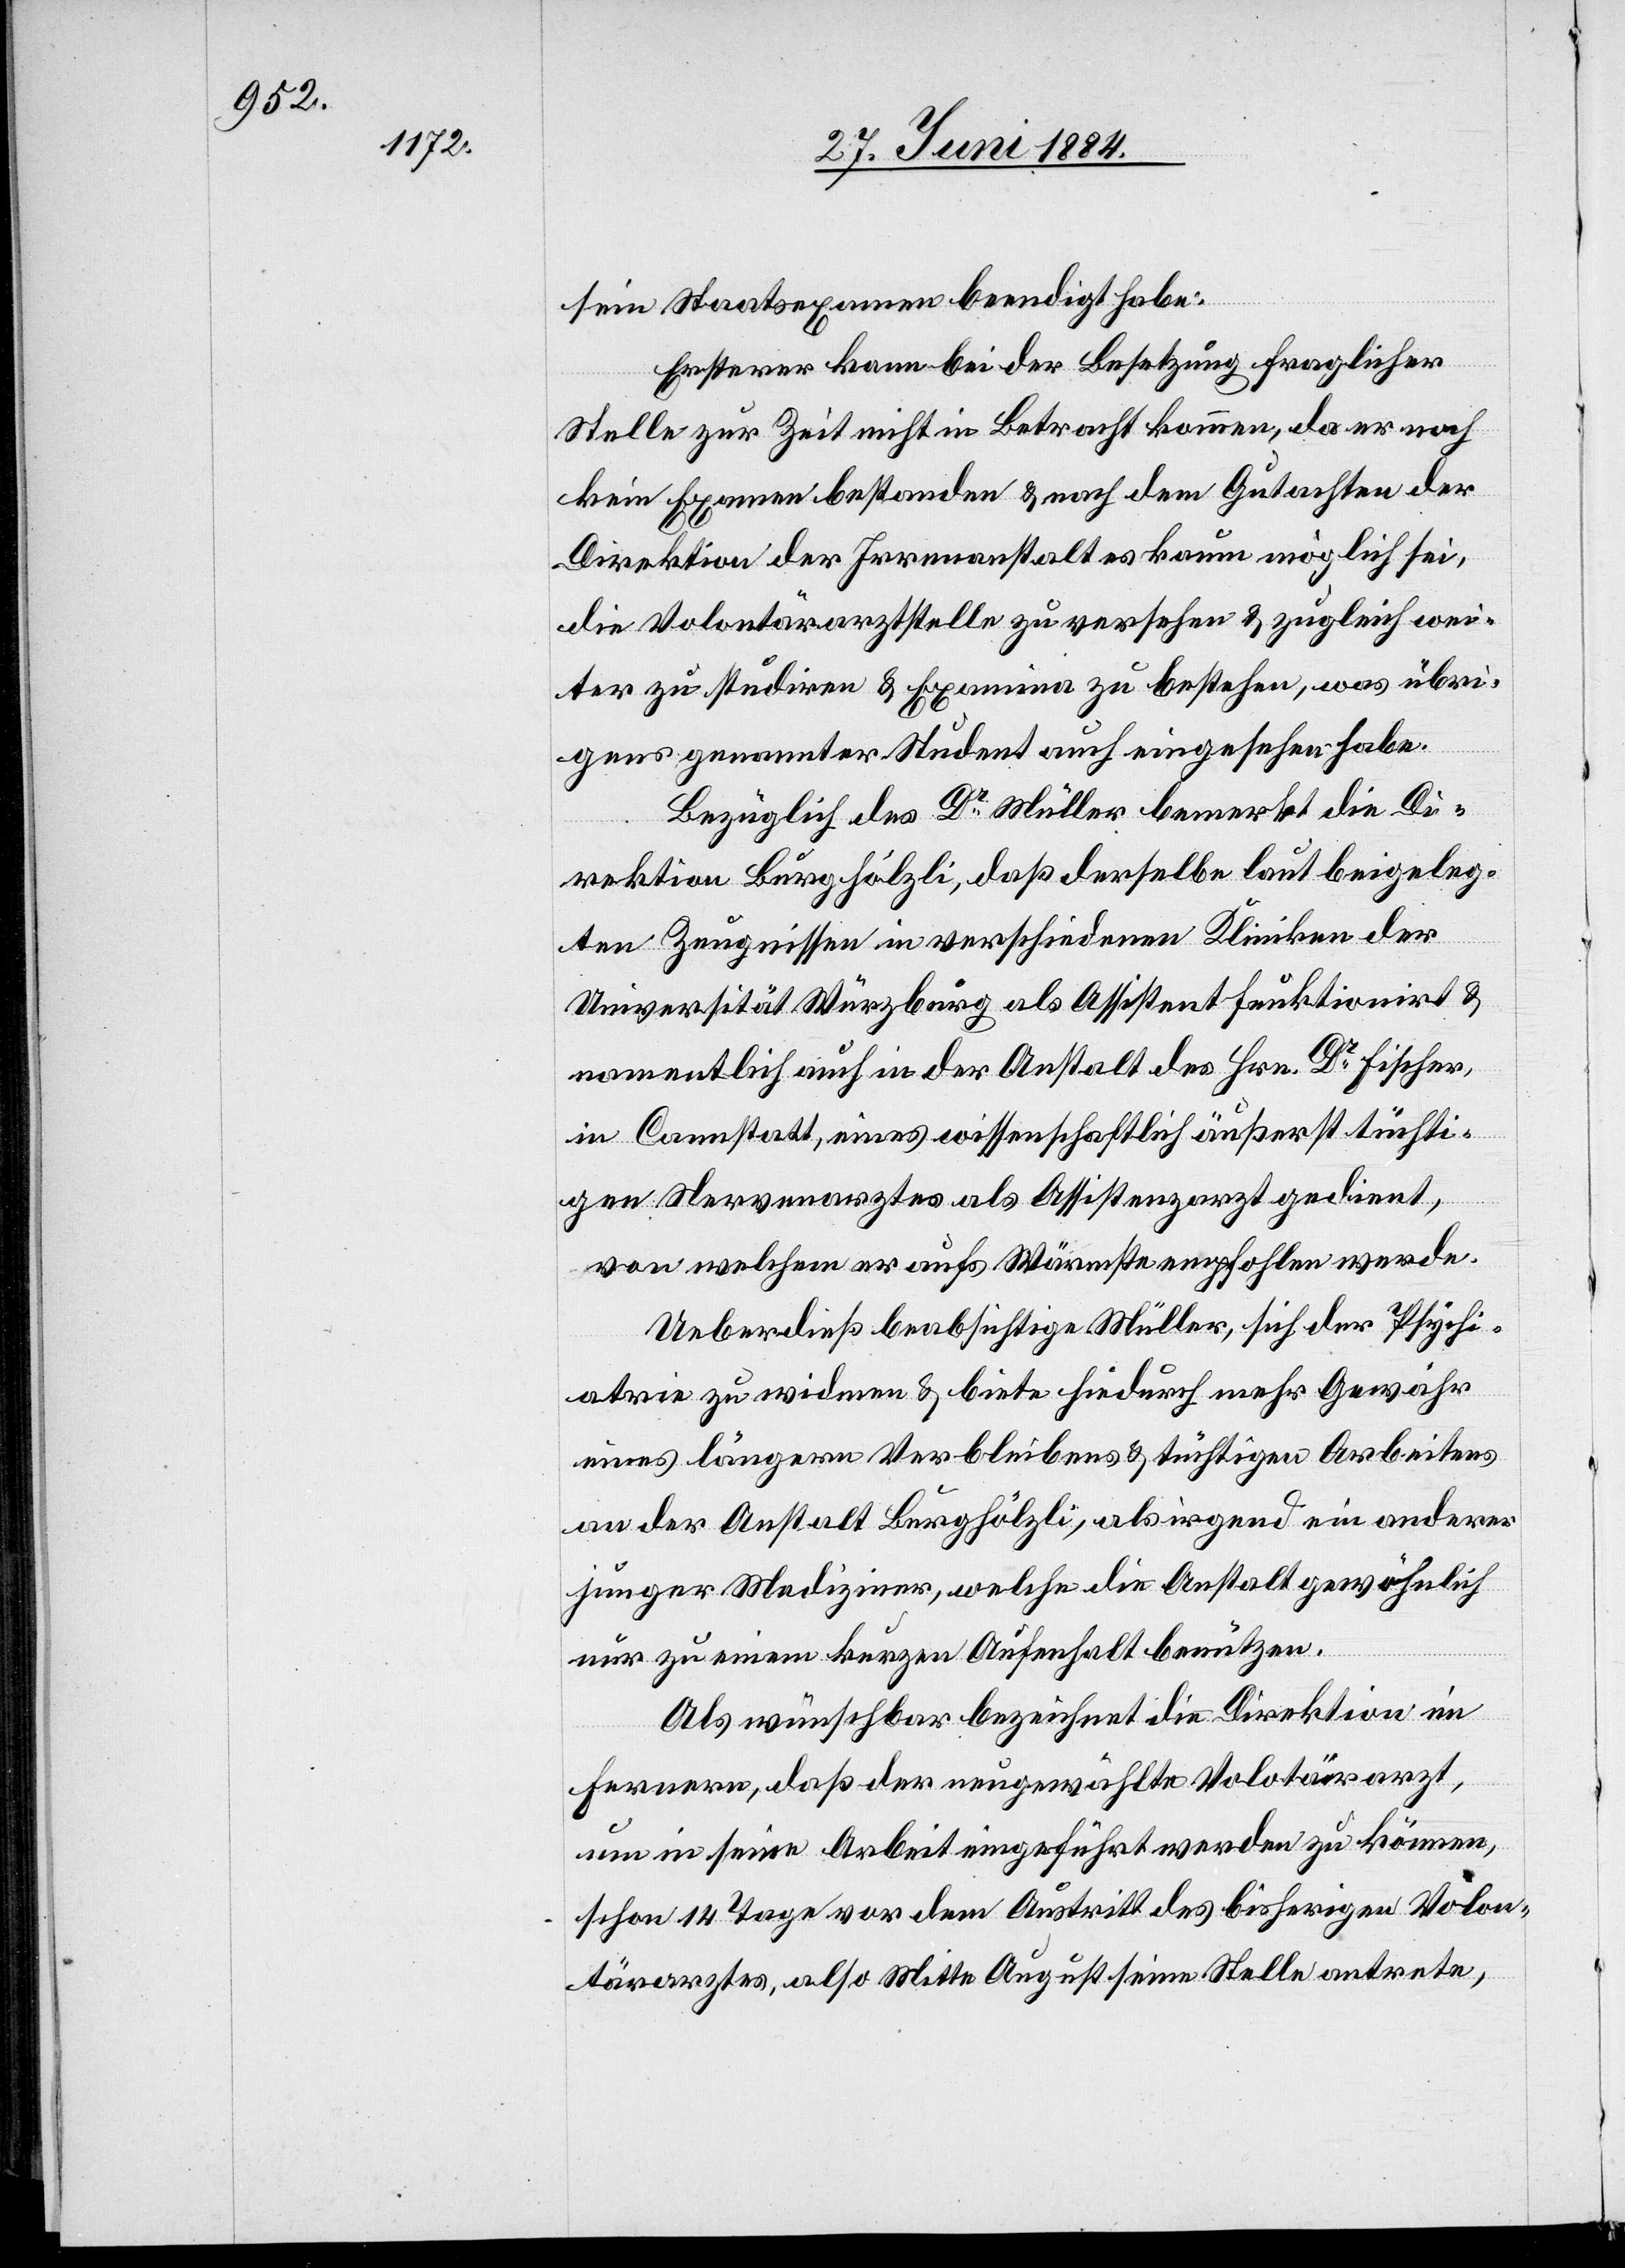
sein Staatsexamen beendigt habe.
Ersterer kann bei der Besetzung fraglicher
noch
kein Examen bestanden & nach dem Gutachten der
Direktion der Irrenanstalt es kaum möglich sei,
die Volontärarztstelle zu versehen & zugleich wei¬
ter zu studiren & Examina zu bestehen, was übri¬
gens genannter Student auch eingesehen habe.
Bezüglich des Dr Müller bemerkt die Di¬
rektion Burghölzli, daß derselbe laut beigeleg¬
tem Zeugnisse in verschiedenen Kliniken der
Universität Würzburg als Assistent funktionirt &
namentlich auch in der Anstalt des Hrn. Dr Fischer
in Cannstatt, eines wissenschaftlich äußerst tüchti¬
gen Nervenarztes als Assistenzarzt gedient,
von welchem er aufs Wärmste empfohlen werde.
Ueberdieß beabsichtige Müller, sich der Psychi¬
atrie zu widmen & biete hiedurch mehr Gewähr
eines längern Verbleibens & tüchtigen Arbeitens
an der Anstalt Burghölzli, als irgend ein anderer
junger Mediziner, welche die Anstalt gewöhnlich
nur zu einem kurzen Aufenthalt benützen.
Als wünschbar bezeichnet die Direktion im
Fernern, daß der neugewählte Volo[n]tärarzt,
um in seine Arbeit eingeführt werden zu können,
schon 14 Tage vor dem Austritt des bisherigen Volon¬
tärarztes, also Mitte August seine Stelle antrete,